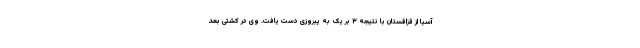
آسیا از قزاقستان با نتیجه ۳ بر یک به پیروزی دست یافت. وی در کشتی بعد